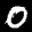
Label: 0